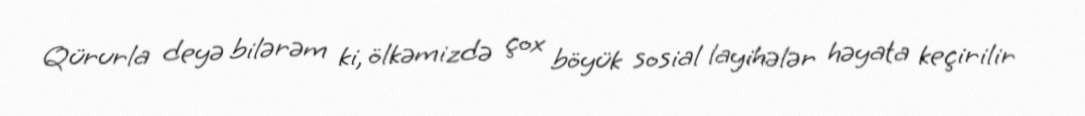
Qürurla deyə bilərəm ki, ölkəmizdə çox böyük sosial layihələr həyata keçirilir